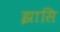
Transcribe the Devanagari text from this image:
झासि